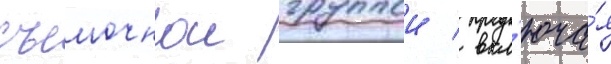
съемочнои группои / вкл'юча́я